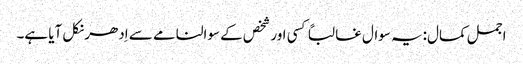
اجمل کمال:یہ سوال غالباً کسی اور شخص کے سوالنامے سے اِدھر نکل آیا ہے۔